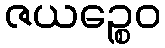
ဇယဉ္စေဝ